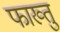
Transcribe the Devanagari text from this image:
फाख्तु